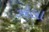
ઝોલા